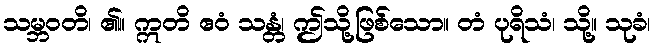
သမ္ဘဝတိ၊ ၏။ ဣတိ ဧဝံ သန္တံ၊ ဤသို့ဖြစ်သော။ တံ ပုရိသံ၊ သို့။ သုခံ၊